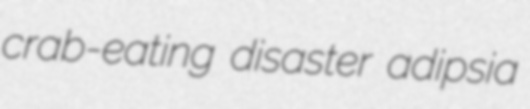
crab-eating disaster adipsia